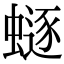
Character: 𧏿